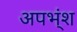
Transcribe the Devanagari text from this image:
अपभ्ंश